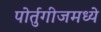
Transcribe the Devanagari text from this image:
पोर्तुगीजमध्ये